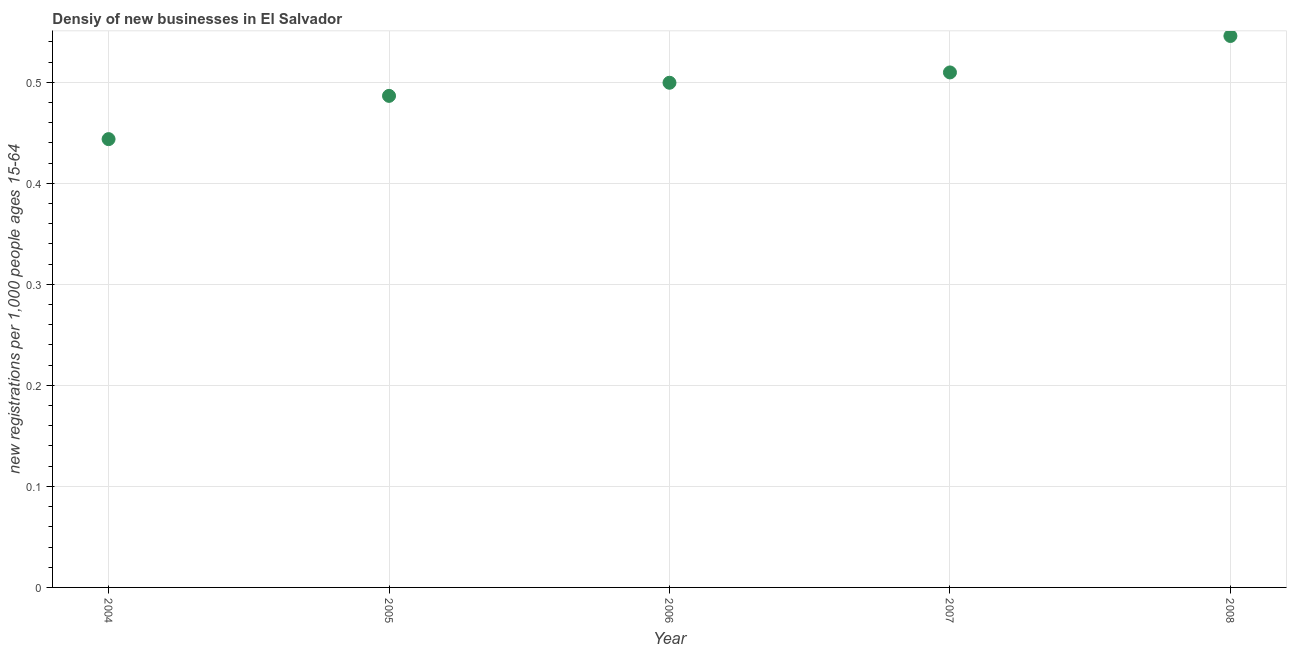
| Year | New business density |
 | --- | --- |
 | 2004 | 0.444 |
 | 2005 | 0.487 |
 | 2006 | 0.5 |
 | 2007 | 0.51 |
 | 2008 | 0.546 |